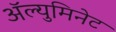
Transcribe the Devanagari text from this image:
अॅल्युमिनेट